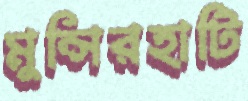
মুন্সিরহাটি